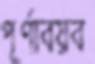
পূর্ণাবয়ব